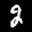
Label: 2